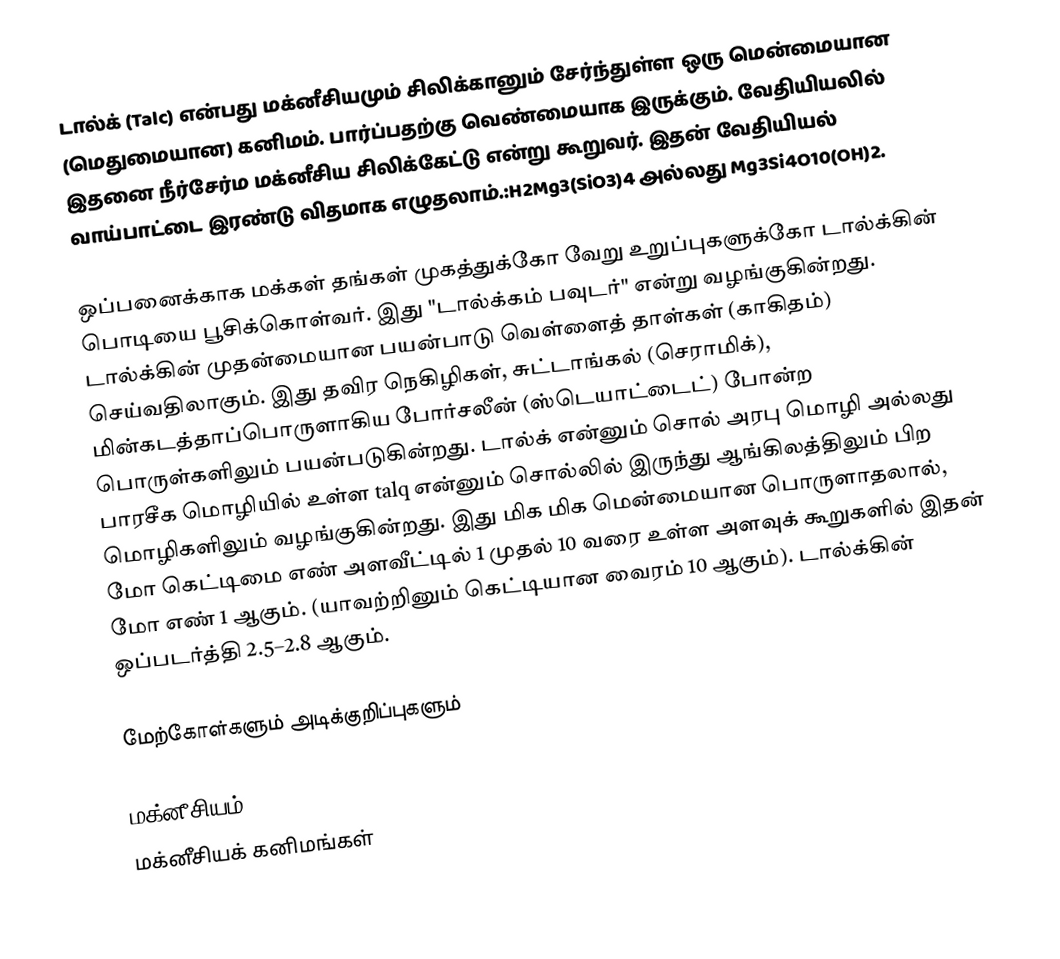
டால்க் (Talc) என்பது மக்னீசியமும் சிலிக்கானும் சேர்ந்துள்ள ஒரு மென்மையான (மெதுமையான) கனிமம். பார்ப்பதற்கு வெண்மையாக இருக்கும். வேதியியலில் இதனை நீர்சேர்ம மக்னீசிய சிலிக்கேட்டு என்று கூறுவர். இதன் வேதியியல் வாய்பாட்டை இரண்டு விதமாக எழுதலாம்.:H2Mg3(SiO3)4 அல்லது Mg3Si4O10(OH)2.

ஒப்பனைக்காக மக்கள் தங்கள் முகத்துக்கோ வேறு உறுப்புகளுக்கோ டால்க்கின் பொடியை பூசிக்கொள்வர். இது "டால்க்கம் பவுடர்" என்று வழங்குகின்றது. டால்க்கின் முதன்மையான பயன்பாடு வெள்ளைத் தாள்கள் (காகிதம்) செய்வதிலாகும். இது தவிர நெகிழிகள், சுட்டாங்கல் (செராமிக்), மின்கடத்தாப்பொருளாகிய போர்சலீன் (ஸ்டெயாட்டைட்) போன்ற பொருள்களிலும் பயன்படுகின்றது. டால்க் என்னும் சொல் அரபு மொழி அல்லது பாரசீக மொழியில் உள்ள talq என்னும் சொல்லில் இருந்து ஆங்கிலத்திலும் பிற மொழிகளிலும் வழங்குகின்றது. இது மிக மிக மென்மையான பொருளாதலால், மோ கெட்டிமை எண் அளவீட்டில் 1 முதல் 10 வரை உள்ள அளவுக் கூறுகளில் இதன் மோ எண் 1 ஆகும். (யாவற்றினும் கெட்டியான வைரம் 10 ஆகும்). டால்க்கின் ஒப்படர்த்தி 2.5–2.8 ஆகும்.

மேற்கோள்களும் அடிக்குறிப்புகளும்

மக்னீசியம்
மக்னீசியக் கனிமங்கள்